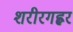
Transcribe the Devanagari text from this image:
शरीरगह्वर